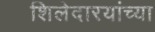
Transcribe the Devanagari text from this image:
शिलेदारयांच्या